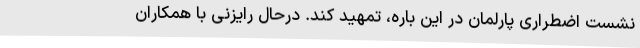
نشست اضطراری پارلمان در این باره، تمهید کند. درحال رایزنی با همکاران